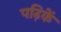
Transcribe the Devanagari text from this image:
पढ़िकें